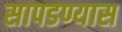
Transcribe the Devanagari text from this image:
सापडण्यास